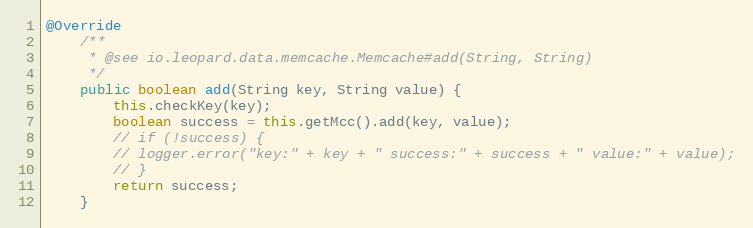
Language: Java
@Override
	/**
	 * @see io.leopard.data.memcache.Memcache#add(String, String)
	 */
	public boolean add(String key, String value) {
		this.checkKey(key);
		boolean success = this.getMcc().add(key, value);
		// if (!success) {
		// logger.error("key:" + key + " success:" + success + " value:" + value);
		// }
		return success;
	}